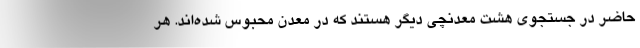
حاضر در جستجوی هشت معدنچی دیگر هستند که در معدن محبوس شده‌اند. هر